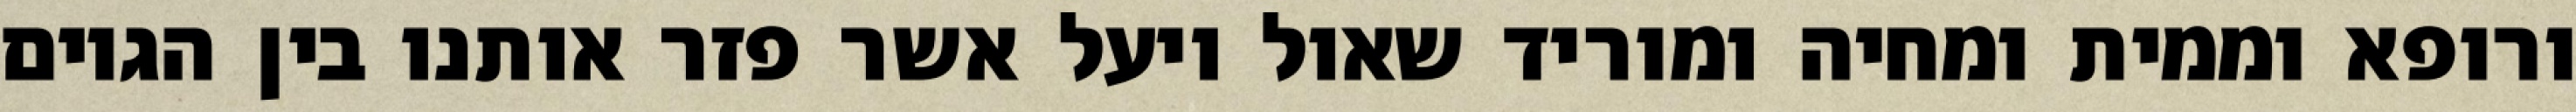
ורופא וממית ומחיה ומוריד שאול ויעל אשר פזר אותנו בין הגוים